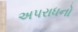
અપરાધનો